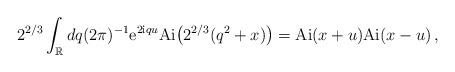
LaTeX: \begin{align*} 2^{2/3} \int_\mathbb{R}dq(2\pi)^{-1} \mathrm{e}^{2\mathrm{i}q u} \mathrm{Ai} \big(2^{2/3}(q^2+x)\big) = \mathrm{Ai}(x+u) \mathrm{Ai}(x-u) \,, \end{align*}